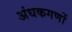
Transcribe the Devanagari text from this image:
अंधकगणों